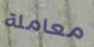
معاملة